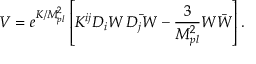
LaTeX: V = e ^ { K / M _ { p l } ^ { 2 } } \left[ K ^ { i j } D _ { i } W \, \bar { D _ { j } W } - \frac { 3 } { M _ { p l } ^ { 2 } } W \bar { W } \right] .